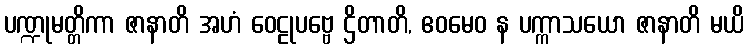
ပဏ္ဍုမတ္တိကာ ဇာနာတိ အဟံ ဝေဠုပဗ္ဗေ ဌိတာတိ, ဧဝမေဝ န ပက္ကာသယော ဇာနာတိ မယိ